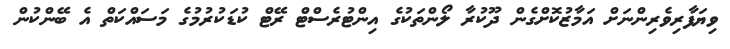
ވިޔަފާރިވެރިންނަށް އަމާޒުކޮށްގެން ދޫކުރާ ލޯންތަކުގެ އިންޓުރެސްޓް ރޭޓް ކުޑަކުރުމުގެ މަސައްކަތް އެ ބޭންކުން